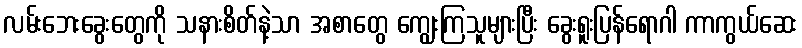
လမ်းဘေးခွေးတွေကို သနားစိတ်နဲ့သာ အစာတွေ ကျွေးကြသူများပြီး ခွေးရူးပြန်ရောဂါ ကာကွယ်ဆေး